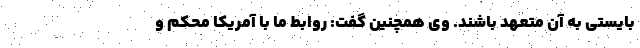
بایستی به آن متعهد باشند. وی همچنین گفت: روابط ما با آمریکا محکم و